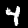
Digit: 4